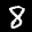
Label: 8